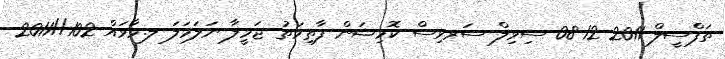
ތަފްސީލް 2011-12-08 ސިވިލް ސަރވިސް ކޮމިޝަން ފާޠިމަތު ޖަމީލާ ނަލަމަލަ ލ.މާވައް 102//2011